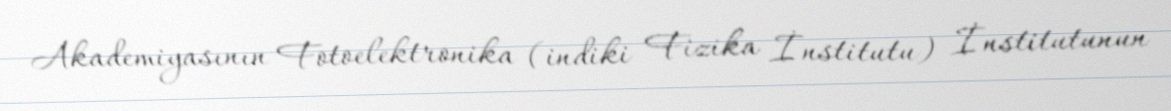
Akademiyasının Fotoelektronika (indiki Fizika İnstitutu) İnstitutunun